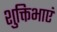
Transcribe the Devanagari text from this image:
शुक्तिभाएं